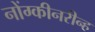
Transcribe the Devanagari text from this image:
नोंग्कीनरीन्ह